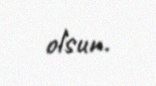
olsun.